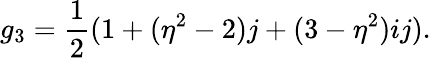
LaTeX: g_{3}={\frac{1}{2}}(1+(\eta^{2}-2)j+(3-\eta^{2})ij).